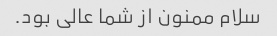
سلام ممنون از شما عالی بود.